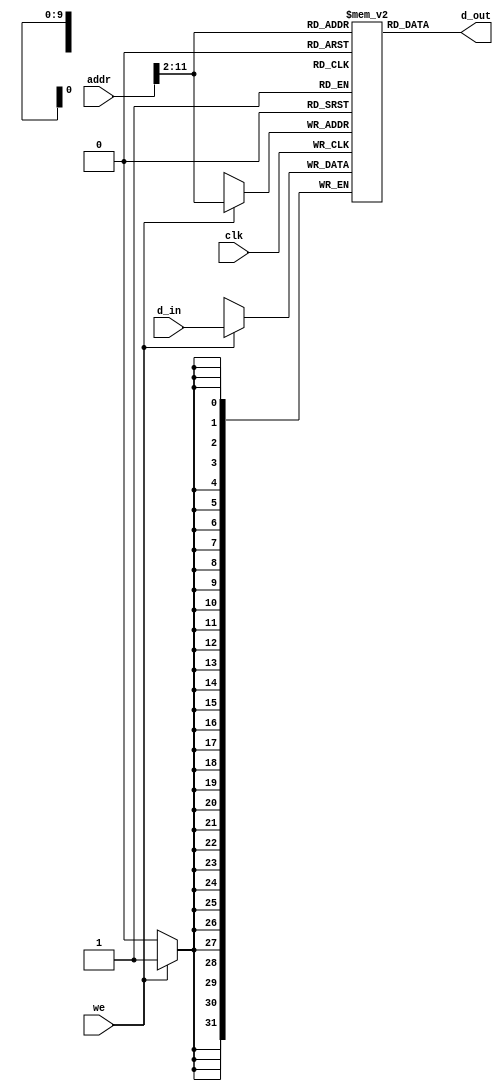

module ram (
	input wire clk,
	input wire we,
	input wire [11:0] addr,
	input wire [31:0] d_in,
	output wire [31:0] d_out
	);

	reg [31:0] data [1023:0];
	
	initial
		begin
			data[0] = {32'h1fffffff};
			data[1] = {32'h10000002};
			data[2] = {32'h00000004};
			data[3] = {32'h00000002};
			data[4] = {32'h00000007};
			data[5] = {32'h00000007};
			data[6] = {32'h00000003};
			data[7] = {32'h00000003};
			data[8] = {32'h00000013};
			data[9] = {32'h00000003};
			data[10] = {32'h00000003};
			data[11] = {32'h00000003}; 
			data[12] = {32'h00000003};
			data[13] = {32'h00000003};
			data[14] = {32'h00000003};
			data[15] = {32'h00000003};
			data[30] = {32'hfffffff3};
			data[31] = {32'heeeeeee3};
		end
		
	always @(negedge clk)
	begin
		if (we)
			data[addr[11:2]] <= d_in;
	end

	assign d_out = data[addr[11:2]];
endmodule